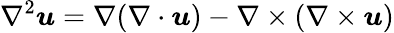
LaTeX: \nabla^{2}\boldsymbol{u}=\nabla(\nabla\cdot\boldsymbol{u})-\nabla\times(\nabla\times\boldsymbol{u})